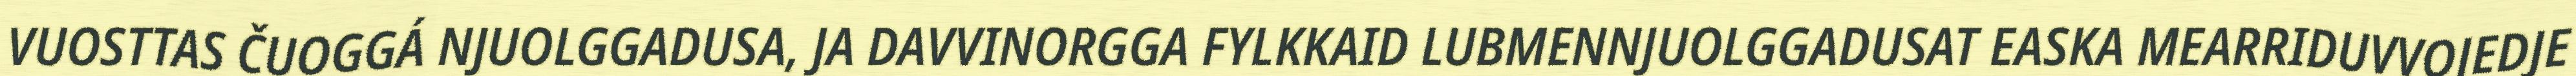
VUOSTTAS ČUOGGÁ NJUOLGGADUSA, JA DAVVINORGGA FYLKKAID LUBMENNJUOLGGADUSAT EASKA MEARRIDUVVOJEDJE